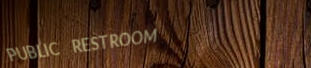
PUBLIC RESTROOM